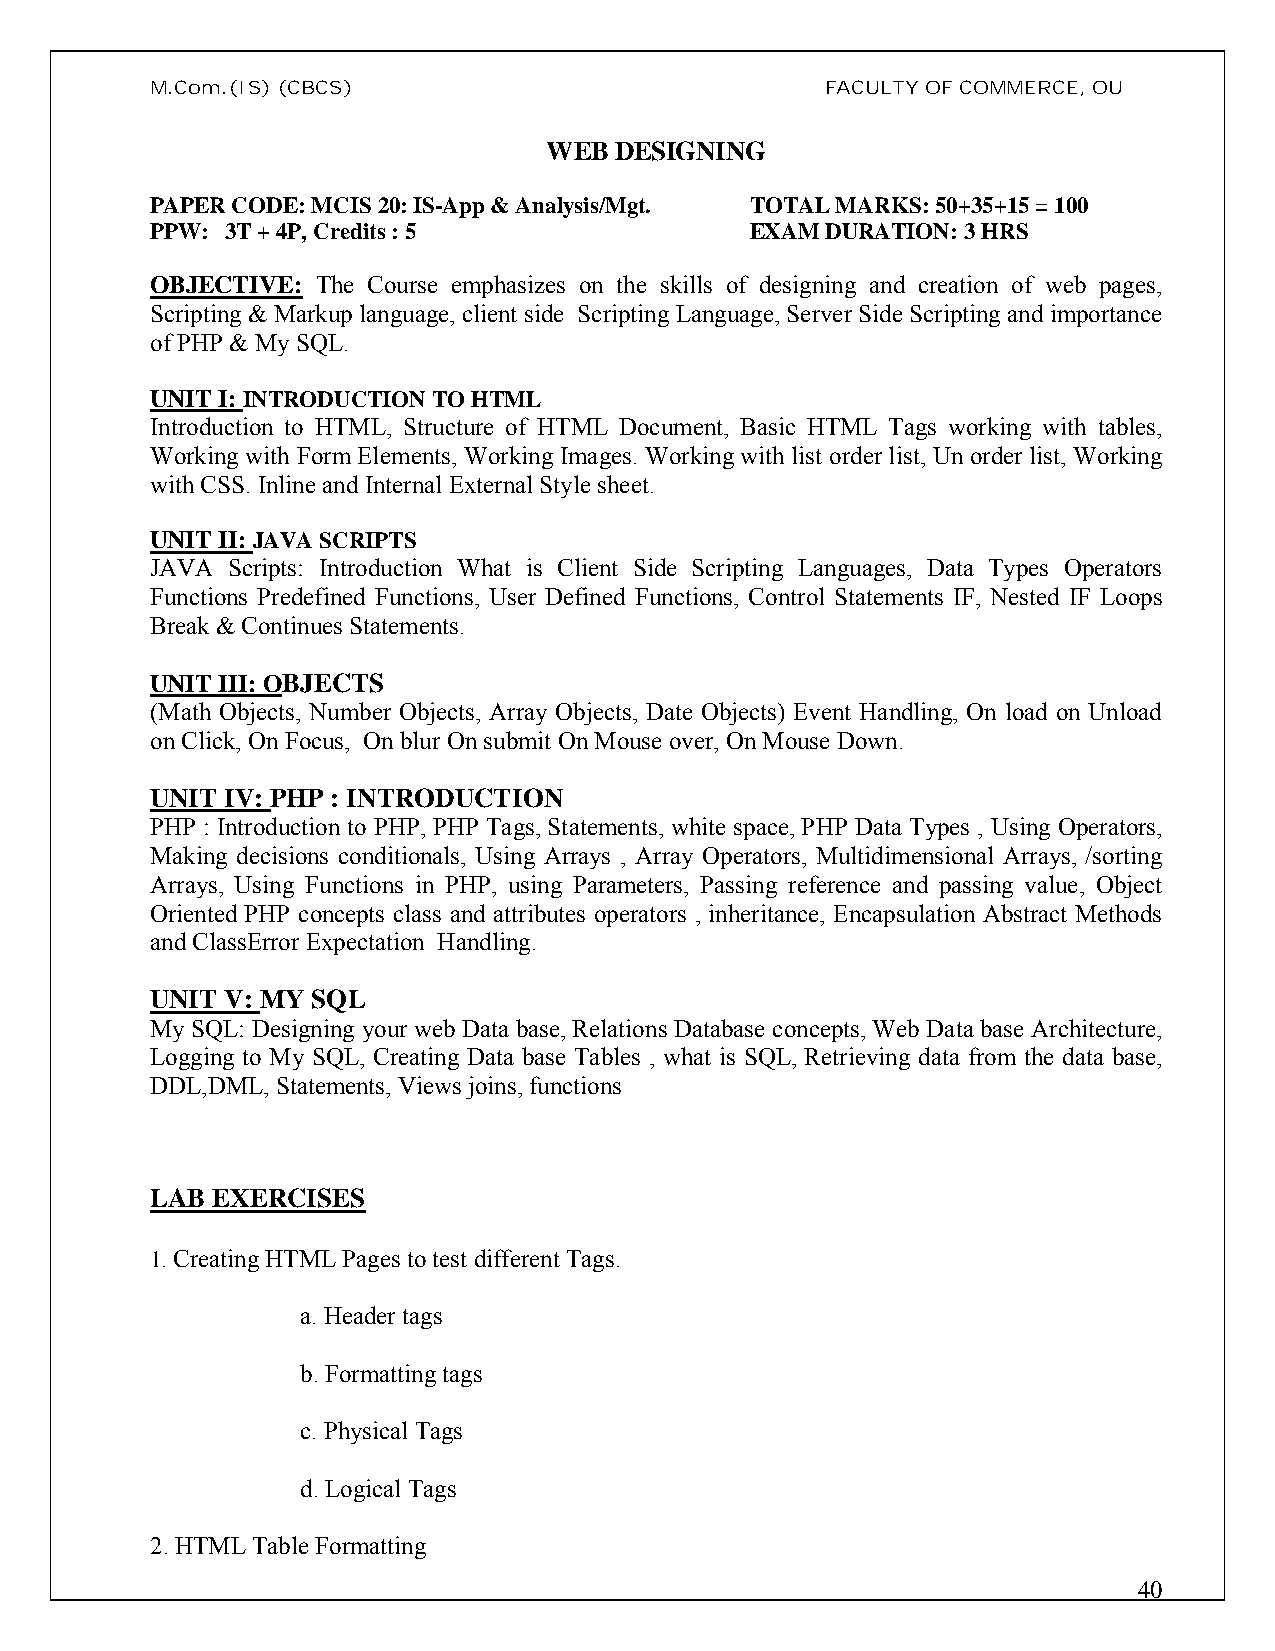
M.Com.(IS)(CBCS)                             FACULTY OF COMMERCE, OU
 WEB  DESIGNING
 PAPER CODE: MCIS 20: IS-App & Analysis/Mgt. TOTAL MARKS: 50+35+15 = 100
 PPW: 3T + 4P, Credits : 5               EXAM DURATION: 3 HRS
 OBJECTIVE: The Course emphasizes on the skills of designing and creation of web pages,
 Scripting & Markup language, client side Scripting Language, Server Side Scripting and importance
 of PHP & My SQL.
 UNIT I: INTRODUCTION TO HTML
 Introduction to HTML, Structure of HTML Document, Basic HTML Tags working with tables,
 Working with Form Elements, Working Images. Working with list order list, Un order list, Working
 with CSS. Inline and Internal External Style sheet.
 UNIT II: JAVA SCRIPTS
 JAVA Scripts: Introduction What is Client Side Scripting Languages, Data Types Operators
 Functions Predefined Functions, User Defined Functions, Control Statements IF, Nested IF Loops
 Break & Continues Statements.
 UNIT III: OBJECTS
 (Math Objects, Number Objects, Array Objects, Date Objects) Event Handling, On load on Unload
 on Click, On Focus, On blur On submit On Mouse over, On Mouse Down.
 UNIT IV: PHP : INTRODUCTION
 PHP : Introduction to PHP, PHP Tags, Statements, white space, PHP Data Types , Using Operators,
 Making decisions conditionals, Using Arrays , Array Operators, Multidimensional Arrays, /sorting
 Arrays, Using Functions in PHP, using Parameters, Passing reference and passing value, Object
 Oriented PHP concepts class and attributes operators , inheritance, Encapsulation Abstract Methods
 and ClassError Expectation Handling.
 UNIT V: MY SQL
 My SQL: Designing your web Data base, Relations Database concepts, Web Data base Architecture,
 Logging to My SQL, Creating Data base Tables , what is SQL, Retrieving data from the data base,
 DDL,DML, Statements, Views joins, functions
 LAB EXERCISES
 1. Creating HTML Pages to test different Tags.
 a. Header tags
 b. Formatting tags
 c. Physical Tags
 d. Logical Tags
 2. HTML Table Formatting
 40